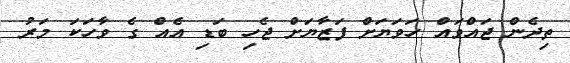
ތިދެން ޖައްވައް ހަވަޔަށް ފަޒާޔަށް ޖެހި ބަޑި އެއް ގެ ވާހަކަ މަރު